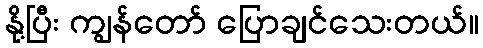
နို့ပြီး ကျွန်တော် ပြောချင်သေးတယ်။